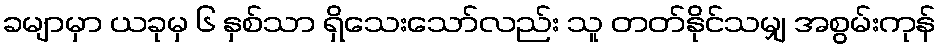
ခမျာမှာ ယခုမှ ၆ နှစ်သာ ရှိသေးသော်လည်း သူ တတ်နိုင်သမျှ အစွမ်းကုန်